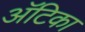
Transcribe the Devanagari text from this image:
अॅटिका